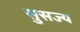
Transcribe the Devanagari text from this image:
सुसज्य